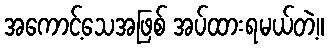
အကောင့်သေအဖြစ် အပ်ထားရမယ်တဲ့။